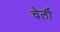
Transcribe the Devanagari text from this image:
चेर्ली